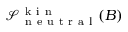
\mathcal { S } _ { \mathrm { ~ n ~ e ~ u ~ t ~ r ~ a ~ l ~ } } ^ { \mathrm { ~ k ~ i ~ n ~ } } ( B )